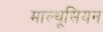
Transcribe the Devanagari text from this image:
माल्थूसियन